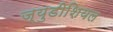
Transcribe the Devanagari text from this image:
ज्युडीशियल